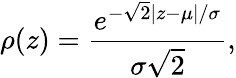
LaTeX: \rho(z)=\frac{e^{-\sqrt{2}|z-\mu|/\sigma}}{\sigma\sqrt{2}},